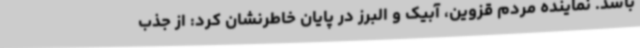
باشد. نماینده مردم قزوین، آبیک و البرز در پایان خاطرنشان کرد: از جذب